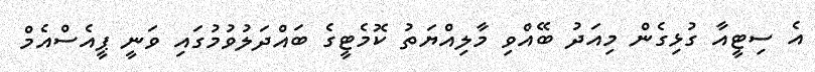
އެ ސިޓީއާ ގުޅިގެން މިއަދު ބޭއްވި މާލިއްޔަތު ކޮމެޓީގެ ބައްދަލުވުމުގައި ވަނީ ޕީއެސްއެމް